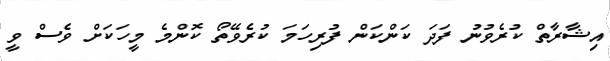
އިޝާރާތް ކުރެވުނު ފަދަ ކަންކަން ފުރިހަމަ ކުރެވޭތޯ ކޮންމެ މީހަކަށް ވެސް ވީ